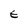
Character: E